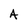
Character: A